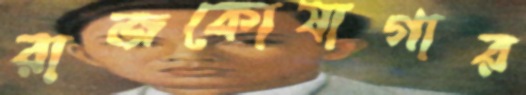
রাজকোষাগার